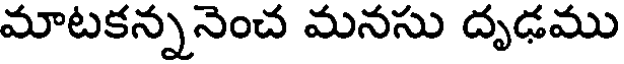
మాటకన్ననెంచ మనసు దృఢము